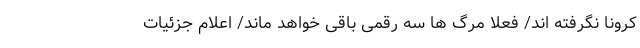
کرونا نگرفته اند/ فعلا مرگ ها سه رقمی باقی خواهد ماند/ اعلام جزئیات